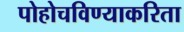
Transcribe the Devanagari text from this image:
पोहोचविण्याकरिता